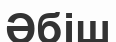
Әбіш